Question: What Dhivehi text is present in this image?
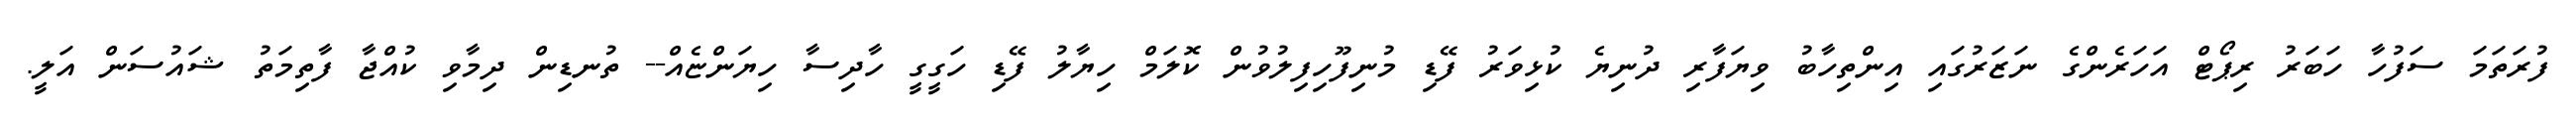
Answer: ފުރަތަމަ ސަފުހާ ހަބަރު ރިޕޯޓް އަހަރެންގެ ނަޒަރުގައި އިންތިހާބު ވިޔަފާރި ދުނިޔެ ކުޅިވަރު ފޭޑި މުނިފޫހިފިލުވުން ކޮލަމް ހިޔާލު ފޭޑި ހަގީގީ ހާދިސާ ހިޔަންޏެއް-- ތުނޑިން ދިމާވި ކުއްޖާ ފާތިމަތު ޝައުސަން އަލީ.